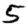
Digit: 5